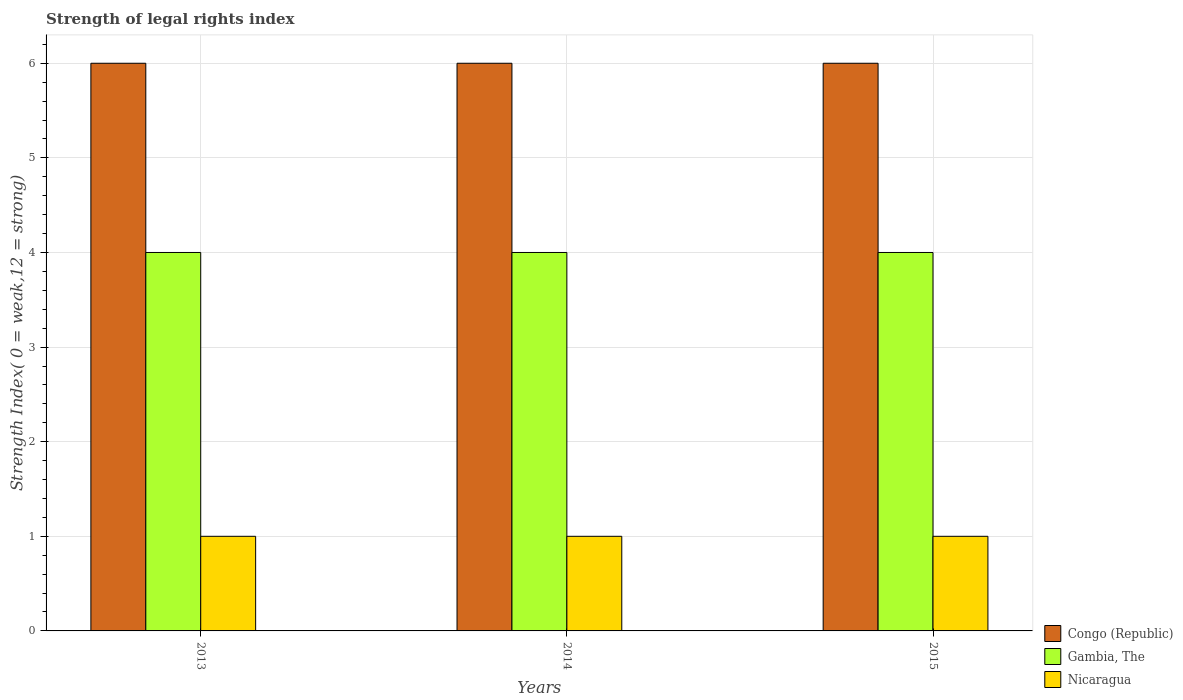
| Years | Congo (Republic) | Gambia, The | Nicaragua |
 | --- | --- | --- | --- |
 | 2013 | 6 | 4 | 1 |
 | 2014 | 6 | 4 | 1 |
 | 2015 | 6 | 4 | 1 |